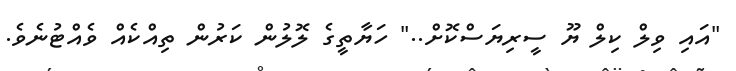
"އައި ވިލް ކިލް ޔޫ ސީރިޔަސްކޮށް.." ހަޔާތީގެ ލޮލުން ކަރުން ތިއްކެއް ވެއްޓުނެވެ.